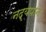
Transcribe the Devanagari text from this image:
नद्यपान